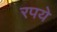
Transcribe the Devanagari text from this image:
रपये